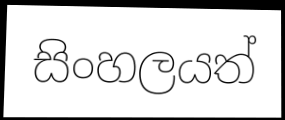
සිංහලයත්